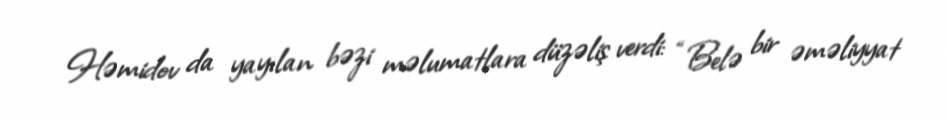
Həmidov da yayılan bəzi məlumatlara düzəliş verdi: “Belə bir əməliyyat